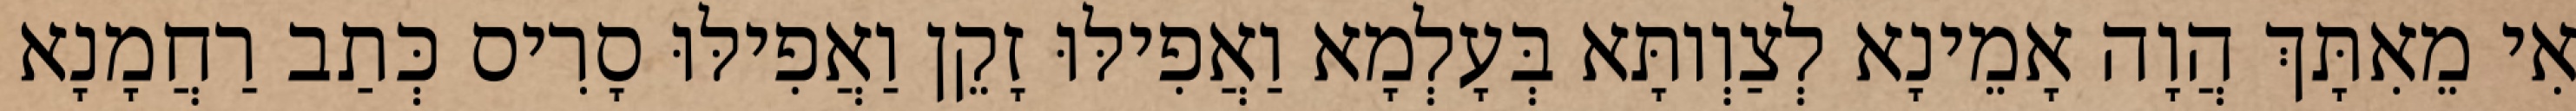
אִי מֵאִתָּךְ הֲוָה אָמֵינָא לְצַוְותָּא בְּעָלְמָא וַאֲפִילּוּ זָקֵן וַאֲפִילּוּ סָרִיס כְּתַב רַחֲמָנָא